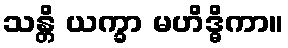
သန္တိ ယက္ခာ မဟိဒ္ဓိကာ။